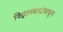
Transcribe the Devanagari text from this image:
विज्ञानकथांमधून